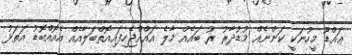
ޢައްޑޫ މީހުނަކީ ކަންނެއް މުޑުދާރު ރު ބައެއް މާލެ އައްއްޖެހިފައިއޮތްބަލާއެއް އެއޮއްބޮޑު އަތަޅު